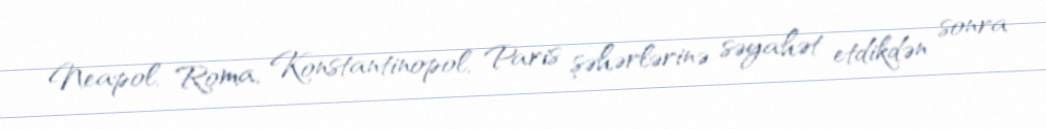
Neapol, Roma, Konstantinopol, Paris şəhərlərinə səyahət etdikdən sonra